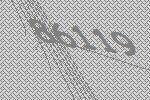
86119